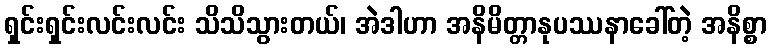
ရှင်းရှင်းလင်းလင်း သိသိသွားတယ်၊ အဲဒါဟာ အနိမိတ္တာနုပဿနာခေါ်တဲ့ အနိစ္စာ